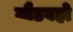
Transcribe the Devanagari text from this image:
गौडवहो